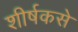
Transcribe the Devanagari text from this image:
शीर्षकसे